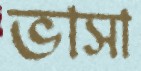
ভাসা